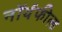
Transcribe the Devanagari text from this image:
नॉर्थफील्ड